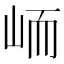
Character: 峏